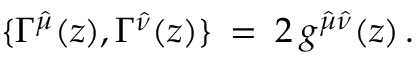
\{ \Gamma ^ { \hat { \mu } } ( z ) , \Gamma ^ { \hat { \nu } } ( z ) \} \: = \: 2 \: g ^ { \hat { \mu } \hat { \nu } } ( z ) \, .